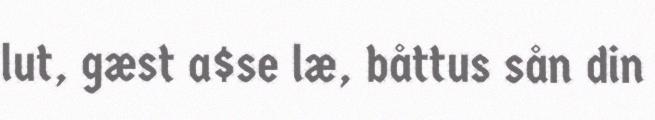
lut, gæst a$se læ, båttus sån din